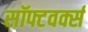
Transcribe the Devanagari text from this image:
सॉफ्टवर्क्स